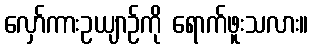
လှော်ကားဥယျာဉ်ကို ရောက်ဖူးသလား။